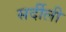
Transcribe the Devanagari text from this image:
सर्दीली